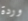
وردة